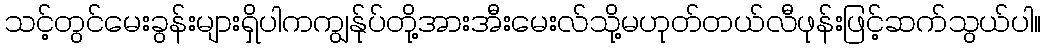
သင့်တွင်မေးခွန်းများရှိပါကကျွန်ုပ်တို့အားအီးမေးလ်သို့မဟုတ်တယ်လီဖုန်းဖြင့်ဆက်သွယ်ပါ။